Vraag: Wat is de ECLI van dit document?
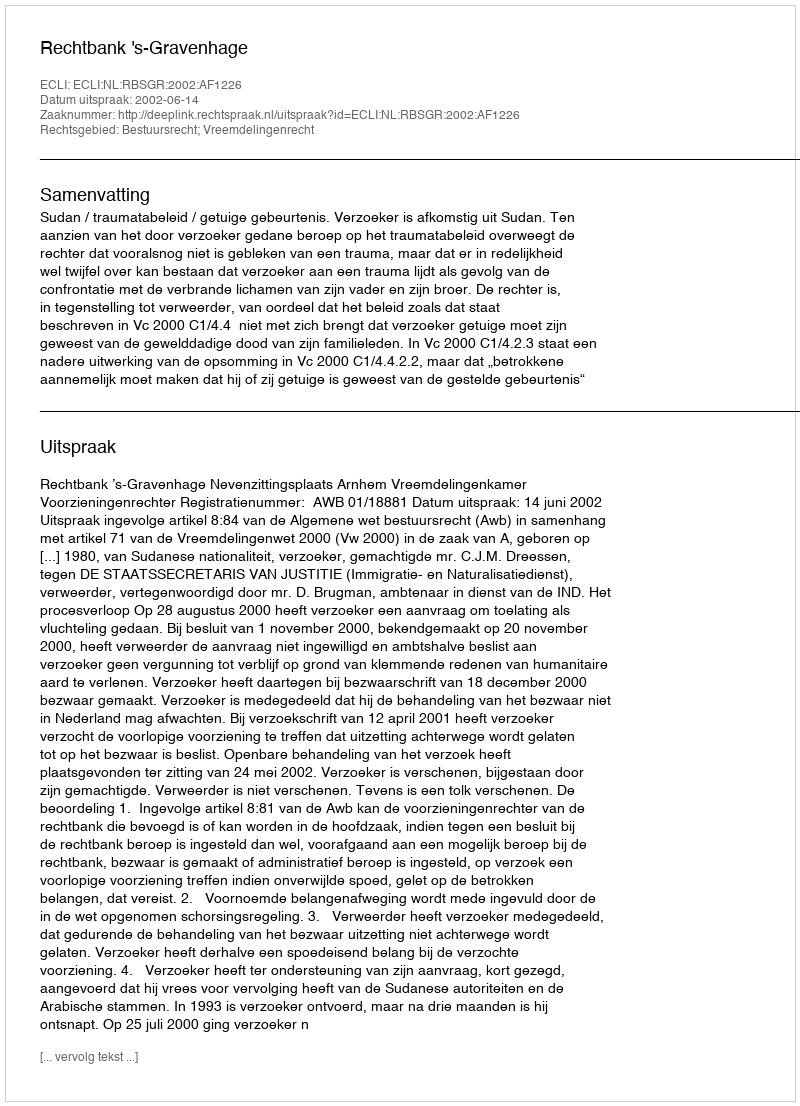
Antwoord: ECLI:NL:RBSGR:2002:AF1226